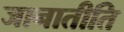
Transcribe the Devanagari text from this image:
जानातीति